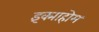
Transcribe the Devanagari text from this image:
इंक्माहोम